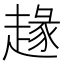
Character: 䞼